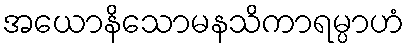
အယောနိသောမနသိကာရမ္ပာဟံ